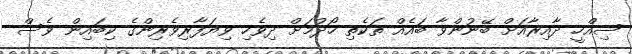
ސިއްހީ ދާއިރާއަށް ބޭނުންވާ ބައެއް ތަކެތި ހޯދުމަށް ދިވެހި ވިޔަފާރިވެރިންގެ ކިބައިން ވެސް